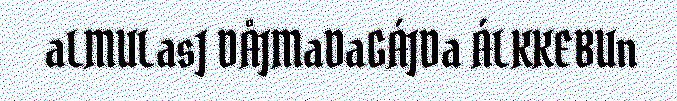
aLMULasJ DÅJMaDaGÁJDa ÁLKKEBUn